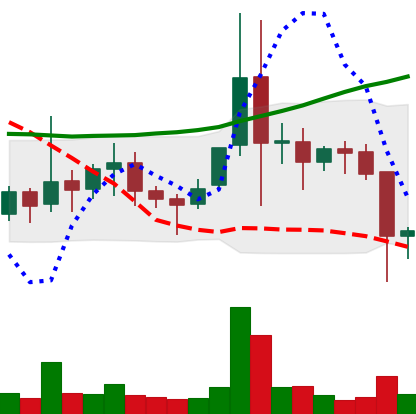
Ticker: ETC-USD
Chart end date: 2021-11-17
Forward return: -5.142%
Label: down_5_7